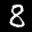
Label: 8